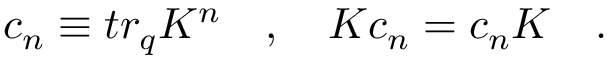
c _ { n } \equiv t r _ { q } K ^ { n } \quad , \quad K c _ { n } = c _ { n } K \quad .